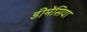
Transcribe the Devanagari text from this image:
डीमेंसिया